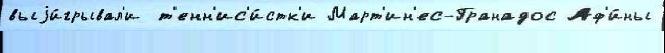
выjи́грывал'и т'енн'ис'и́стк'и Март'ин'ес-Гранадос Аф'и́ны